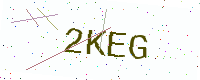
Text: 2KEG